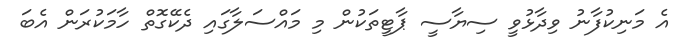
އެ މަނިކުފާނު ވިދާޅުވީ ސިޔާސީ ޕާޓީތަކުން މި މައްސަލާގައި ދެކޭގޮތް ހާމަކުރަން އެބަ